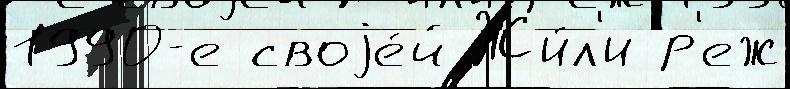
1990-е своjе́й Жи́л'и р'еж